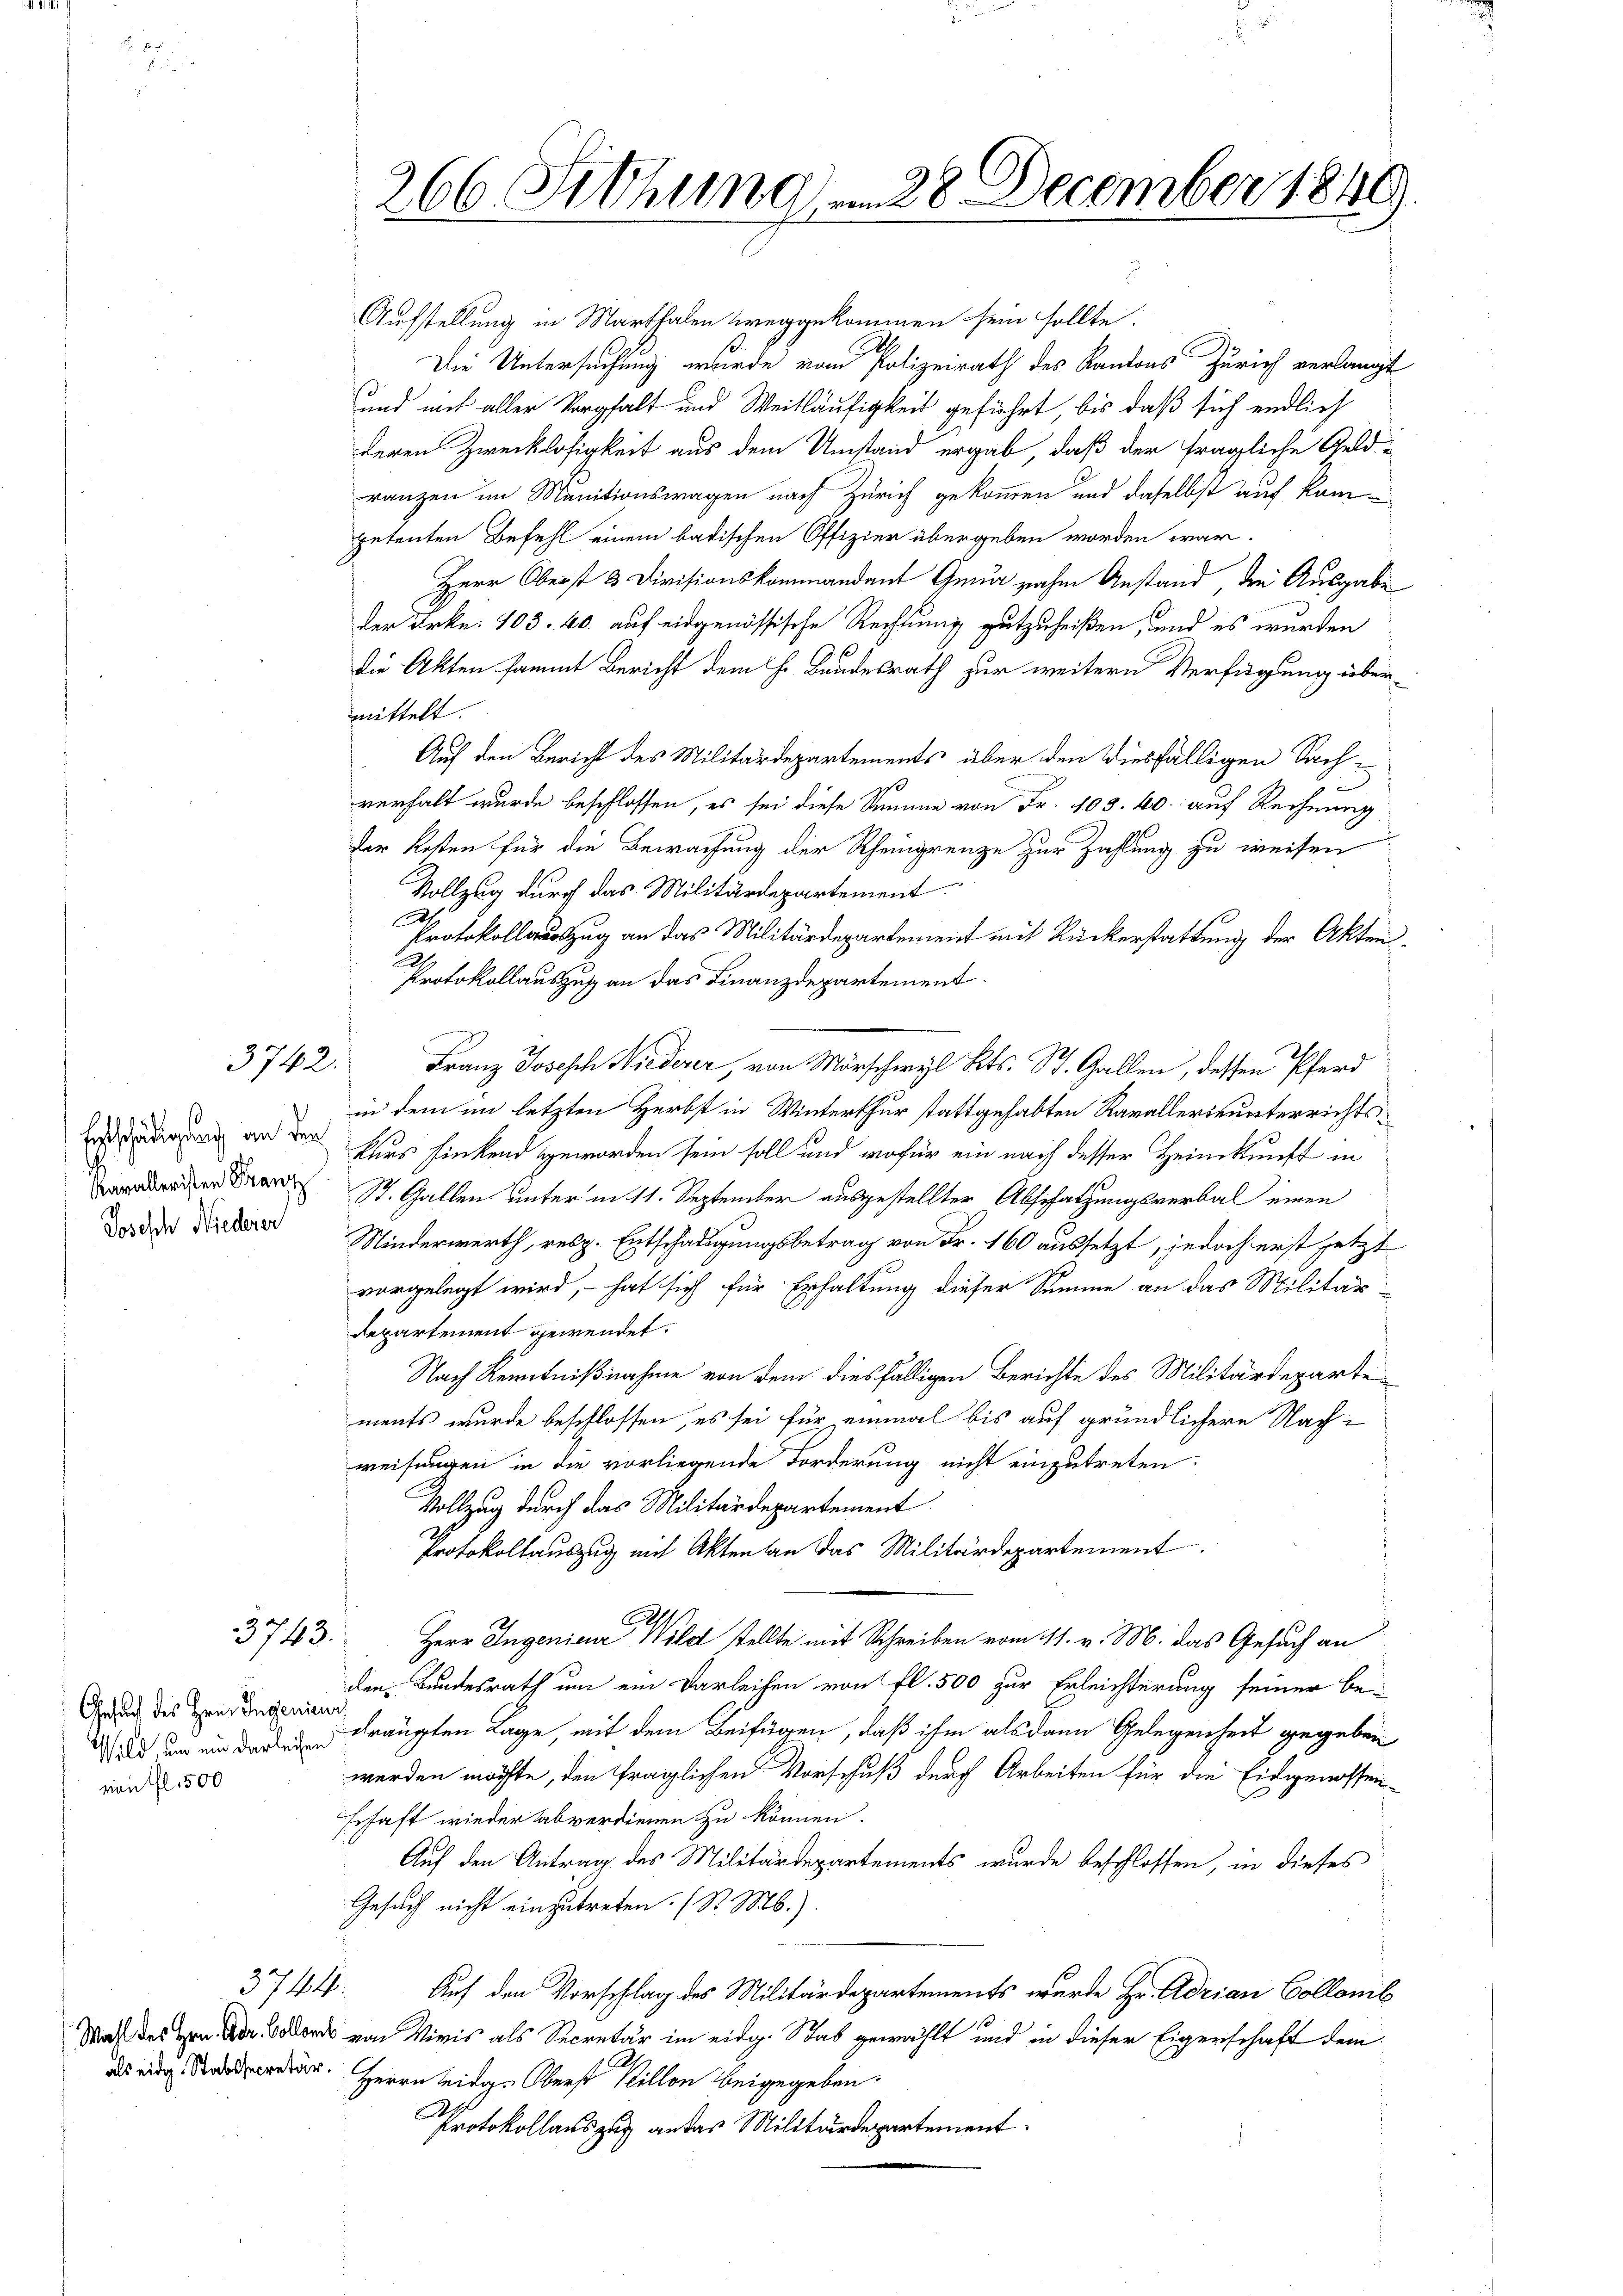
Entschädigung an den
Kavalleristen Franz
Joseph Niederer

als eidg. Stabssecretär

3742.

3743.

Gesuch des Hrn. Ingenieur
Wild, um ein darleihen
vion fl. 500

266. Sitzung am 28 December 1849

Aufstellung in Marthalen weggekommen sein sollte.
Die Untersuchung wurde vom Polizeirath des Kantons Zürich verlangt
und mit aller Vorgfalt und Weitläufigkeit geführt, bis daß sich endlich
deren Zwecklosigkeit aus dem Umstand ergab, daß der fragliche Geldranzen im Manitionswagen nach Zürich gekommen und daselbst auf kompetenten Befehl einem badischen Offizien übergeben worden war.
Herr Oberst 3 Divisionskommandant Gena nahm Anstand, die Ausgabe
der Frkn. 103. 40. auf eidgenössische Rechtung gutzuheißen, und es wurden
Die Akten sammt Bericht dem H. Bundesrath zur weitern Verfügung übermittelt.
Auf den Bericht des Militärdepartements über den diesfälligen Sachverhalt wurde beschlossen, es sei diese Summe von Fr. 103. 40. auf Rechnung
der Kosten für die Bewachung der Rheingrenze zur Zahlung zu weisen
Vollzug durch das Militärdepartement
1.
Protokollauszug an das Militärdepartement mit Rückerstattung der Akten.
Protokollauszusch an das Finanzdepartement.
Franz Joseph Niederer, von Mörschwyl Kts. St. Gallen, dessen Pferd
in dem im letzten Herbst in Winterthur stattgehabten Kavallerie unterrichtskurs sinkend geworden sein soll und wofür ein nach desser Heinkunft in
St. Gallen unter in 11. September ausgestellter Abschatzungsverbal einen
Niederwerth, resp. Entschädigungsbetrag von Fr. 160 aussetzt, jedoch erst jetzt
vorgelegt wird, – hat sich für Erhaltung dieser Summe an das Militäts-
departement gewendet.
Nach Kenntnißnahme von dem diesfälligen Berichte des Militärdeparte
ments wurde beschlossen, es sei für einmal bis auf gründlichere Nach-
weisungen in die vorliegende Forderung nicht einzutreten.
Vollzug durch das Militärdepartement
Protokollauszug mit Akten an das Militärdepartement.
1.
A
Herr Ingenieur Wild stellte mit Schreiben vom 11. v. M. das Gesuch an
den Bundesrath um ein Verleihen von fl. 500 zur Erleichterung seiner be-
drängten Lage, mit dem Beifügen, daß ihm als dann Gelegenheit gegeben
werden möchte, den fraglichen Vorschuß durch Arbeiten für die Eidgenossenschaft wieder abverdienen zu können.
Auf den Antrag des Militärdepartements wurde beschlossen, in dieses
Gesuch nicht einzutreten. (S. M.)
3744. Auf den Vorschlag des Militärdepartements wurde Hr. Adrian Collomb
Nach des von der Forde von Viris als Secretär im eidg. Stab gewählt und in dieser Eigenschaft dem
Herrn Leidg. Oberst Billon beigegeben.
Protokollauszug an das Militärdepartement.